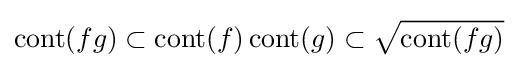
\operatorname {cont} (fg)\subset \operatorname {cont} (f)\operatorname {cont} (g)\subset {\sqrt {\operatorname {cont} (fg)}}